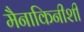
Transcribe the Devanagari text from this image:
मैनाकिनीशी